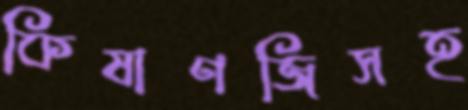
কিষাণজিসহ